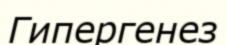
Гипергенез